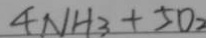
4 N H _ { 3 } + 5 0 _ { 2 }